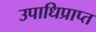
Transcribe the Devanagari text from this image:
उपाधिप्राप्त